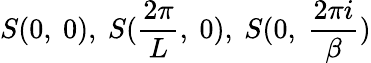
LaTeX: S(0,\ 0),\ S(\frac{2\pi}{L},\ 0),\ S(0,\ \frac{2\pi i}{\beta})